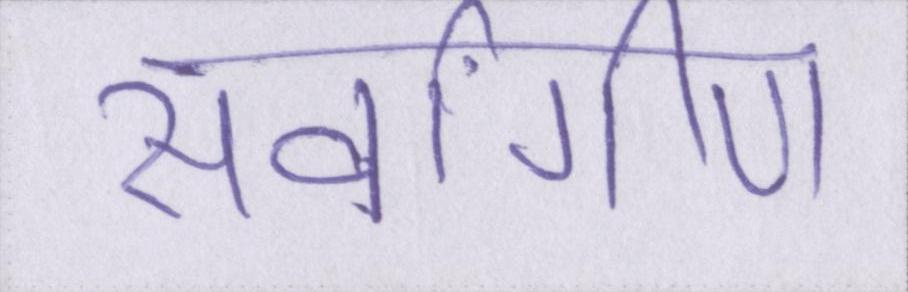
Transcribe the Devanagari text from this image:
सर्वांगीण